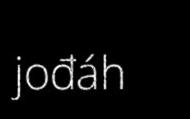
jođáh